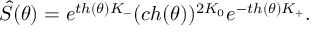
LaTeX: \hat { S } ( \theta ) = e ^ { t h ( \theta ) K _ { - } } ( c h ( \theta ) ) ^ { 2 K _ { 0 } } e ^ { - t h ( \theta ) K _ { + } } .